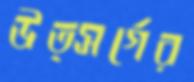
উত্সর্গের